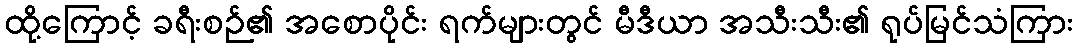
ထို့ကြောင့် ခရီးစဉ်၏ အစောပိုင်း ရက်များတွင် မီဒီယာ အသီးသီး၏ ရုပ်မြင်သံကြား